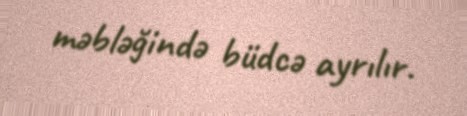
məbləğində büdcə ayrılır.